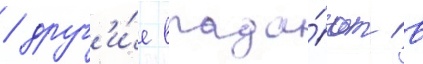
/ друг'и́е впада́ют в